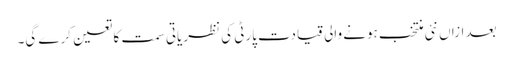
بعد ازاں نئی منتخب ہونے والی قیادت پارٹی کی نظریاتی سمت کا تعین کرے گی۔